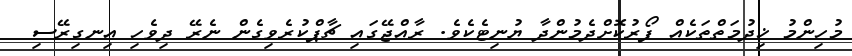
މުހިންމު ޚިދުމަތްތަކެއް ފޯރުކޮށްދެމުންދާ ޔުނިޓެކެވެ. ރާއްޖޭގައި ޗާޕްކުރެވިގެން ނެރޭ ދިވެހި އިނގިރޭސި